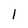
Character: l